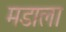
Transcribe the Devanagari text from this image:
मडाला